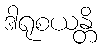
ဒါရုစယန္တိ